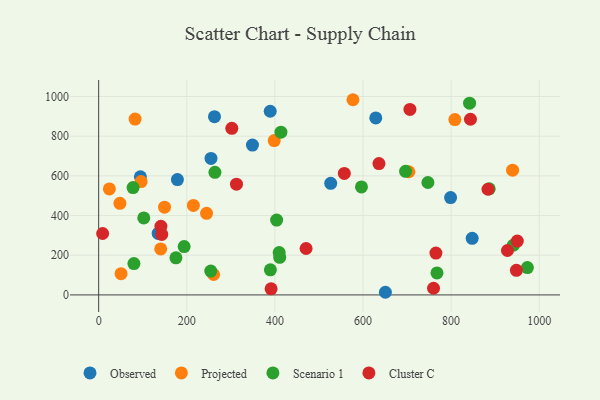
{"axis": {"x": "Investment", "y": "Fuel Efficiency"}, "legend": ["Cluster C", "Observed", "Projected", "Scenario 1"], "data": [{"x": "526.7", "y": 562.2, "type": "Observed"}, {"x": "629.0", "y": 892.0, "type": "Observed"}, {"x": "349.1", "y": 755.4, "type": "Observed"}, {"x": "178.8", "y": 581.1, "type": "Observed"}, {"x": "847.8", "y": 285.1, "type": "Observed"}, {"x": "255.0", "y": 688.1, "type": "Observed"}, {"x": "135.0", "y": 310.1, "type": "Observed"}, {"x": "94.7", "y": 595.4, "type": "Observed"}, {"x": "262.9", "y": 898.3, "type": "Observed"}, {"x": "798.8", "y": 490.4, "type": "Observed"}, {"x": "389.4", "y": 925.7, "type": "Observed"}, {"x": "650.8", "y": 13.3, "type": "Observed"}, {"x": "939.5", "y": 628.8, "type": "Projected"}, {"x": "244.9", "y": 411.1, "type": "Projected"}, {"x": "149.5", "y": 442.4, "type": "Projected"}, {"x": "398.5", "y": 777.7, "type": "Projected"}, {"x": "24.3", "y": 534.1, "type": "Projected"}, {"x": "48.2", "y": 461.6, "type": "Projected"}, {"x": "704.1", "y": 620.8, "type": "Projected"}, {"x": "577.2", "y": 983.8, "type": "Projected"}, {"x": "260.9", "y": 103.0, "type": "Projected"}, {"x": "96.3", "y": 571.2, "type": "Projected"}, {"x": "140.8", "y": 231.6, "type": "Projected"}, {"x": "808.5", "y": 883.5, "type": "Projected"}, {"x": "215.0", "y": 451.0, "type": "Projected"}, {"x": "82.7", "y": 886.4, "type": "Projected"}, {"x": "50.8", "y": 106.8, "type": "Projected"}, {"x": "102.4", "y": 388.0, "type": "Scenario 1"}, {"x": "841.9", "y": 966.2, "type": "Scenario 1"}, {"x": "254.5", "y": 120.1, "type": "Scenario 1"}, {"x": "175.4", "y": 186.8, "type": "Scenario 1"}, {"x": "941.3", "y": 250.9, "type": "Scenario 1"}, {"x": "194.0", "y": 243.8, "type": "Scenario 1"}, {"x": "404.0", "y": 377.4, "type": "Scenario 1"}, {"x": "78.1", "y": 541.1, "type": "Scenario 1"}, {"x": "409.7", "y": 213.9, "type": "Scenario 1"}, {"x": "767.9", "y": 110.7, "type": "Scenario 1"}, {"x": "973.1", "y": 137.9, "type": "Scenario 1"}, {"x": "263.9", "y": 617.9, "type": "Scenario 1"}, {"x": "747.3", "y": 566.5, "type": "Scenario 1"}, {"x": "410.9", "y": 189.7, "type": "Scenario 1"}, {"x": "596.5", "y": 544.3, "type": "Scenario 1"}, {"x": "80.0", "y": 157.9, "type": "Scenario 1"}, {"x": "886.5", "y": 534.6, "type": "Scenario 1"}, {"x": "696.6", "y": 622.7, "type": "Scenario 1"}, {"x": "413.7", "y": 820.1, "type": "Scenario 1"}, {"x": "389.8", "y": 126.4, "type": "Scenario 1"}, {"x": "636.2", "y": 662.1, "type": "Cluster C"}, {"x": "760.1", "y": 33.5, "type": "Cluster C"}, {"x": "470.8", "y": 234.0, "type": "Cluster C"}, {"x": "948.2", "y": 124.0, "type": "Cluster C"}, {"x": "927.9", "y": 223.8, "type": "Cluster C"}, {"x": "843.9", "y": 885.5, "type": "Cluster C"}, {"x": "302.2", "y": 839.5, "type": "Cluster C"}, {"x": "883.7", "y": 532.5, "type": "Cluster C"}, {"x": "950.2", "y": 271.3, "type": "Cluster C"}, {"x": "765.5", "y": 211.0, "type": "Cluster C"}, {"x": "141.3", "y": 345.9, "type": "Cluster C"}, {"x": "9.0", "y": 309.6, "type": "Cluster C"}, {"x": "557.6", "y": 612.5, "type": "Cluster C"}, {"x": "143.2", "y": 305.0, "type": "Cluster C"}, {"x": "312.8", "y": 558.4, "type": "Cluster C"}, {"x": "706.5", "y": 934.7, "type": "Cluster C"}, {"x": "391.4", "y": 30.5, "type": "Cluster C"}]}